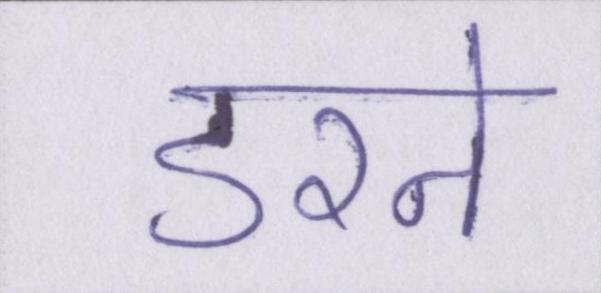
डरने